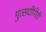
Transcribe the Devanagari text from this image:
मुत्सदीगिरी